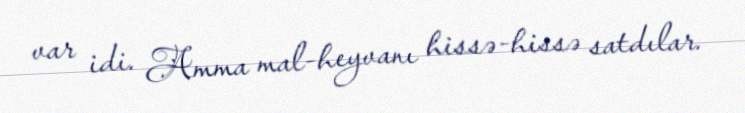
var idi. Amma mal-heyvanı hissə-hissə satdılar.